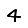
Digit: 4